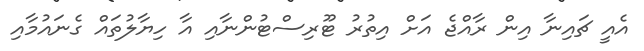
އެއީ ޗައިނާ އިން ރާއްޖެ އަށް އިތުރު ޓޫރިސްޓުންނާއި އާ ހިޔާލުތައް ގެނައުމާއި